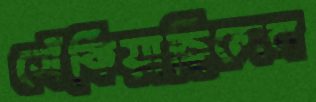
সেঁকিয়াছিলেন